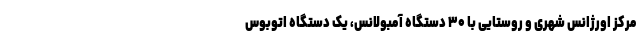
مرکز اورژانس شهری و روستایی با ۳۰ دستگاه آمبولانس، یک دستگاه اتوبوس